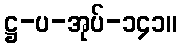
ဋ္ဌ-ပ-အုပ်-၁၄၁။